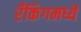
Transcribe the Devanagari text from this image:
रँकिंगमध्ये